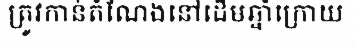
ត្រូវកាន់តំណែងនៅដើមឆ្នាំក្រោយ